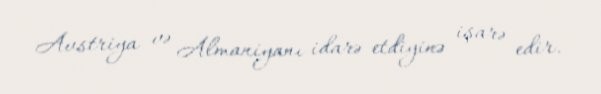
Avstriya və Almaniyanı idarə etdiyinə işarə edir.